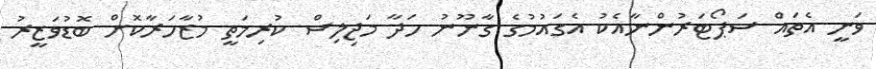
ވަނީ އެތައް ސަޕޯޓަރުންނާއެކު އެގައުމުގެ ގާނޫނު ހަދާ މަޖިލިސް ކުރިމަތީ މުޒާހަރާކޮށް ބޮޑުވަޒީރު